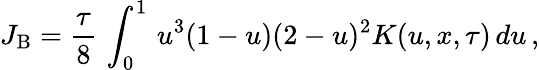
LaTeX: J_{\mathrm{B}}={\frac{\tau}{8}}\, \int_{0}^{1}\, u^{3}(1-u)(2-u)^{2}K(u,x,\tau)\, du\, ,